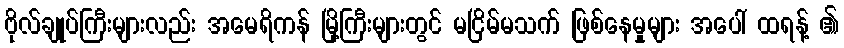
ဗိုလ်ချုပ်ကြီးများလည်း အမေရိကန် မြို့ကြီးများတွင် မငြိမ်မသက် ဖြစ်နေမှုများ အပေါ် ထရန့် ၏